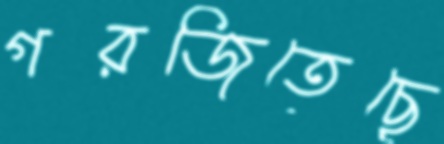
গরজিতেছে